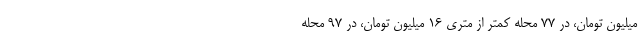
میلیون تومان، در ۷۷ محله کمتر از متری ۱۶ میلیون تومان، در ۹۷ محله